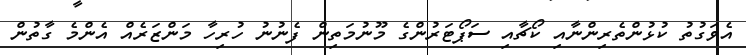
އެވަގުތު ކުޅުންތެރިންނާއި ކޯޗާއި ސަޕޯޓަރުންގެ މޫނުމަތިން ފެނުނު ހުރިހާ މަންޒަރެއް އެންމެ ގާތުން